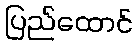
ပြည်ထောင်